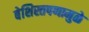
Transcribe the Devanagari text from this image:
बेशिस्तपणामुळे